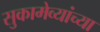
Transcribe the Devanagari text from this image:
सुकामेव्यांच्या